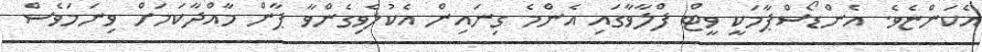
އެކަންޏެވެ. އެންޑޯސްޕާމަކީ ވީޓް ފްލާވާގައި އެންމެ ގިނައިން އެކުލެވިގެންވާ ޕާން މާއްދާކަމަށް ވިނަމަވެސް